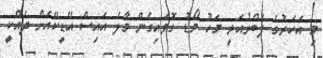
މި އަހަރުގެ ފެބްރުއަރީ މަހު މޯޑު ގޮވައިގެން މާލެ އައިސް އޭޑީކޭއަށް ދެއްކީ